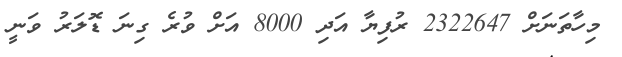
މިހާތަނަށް 2322647 ރުފިޔާ އަދި 8000 އަށް ވުރެ ގިނަ ޑޮލަރު ވަނީ